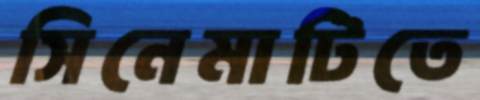
সিনেমাটিতে